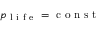
p _ { \mathrm { ~ l ~ i ~ f ~ e ~ } } = \mathrm { ~ c ~ o ~ n ~ s ~ t ~ }